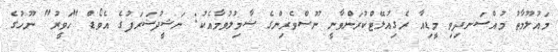
މައުލޫމާތު މުއްސަނދިވި މީޑިއާ ރެގިއުލޭޓްކުރަންވާނީ ނޫސްވެރިންގެ ޝާމިލުވުމާއެކު: ނަޝީދުޝަރަފުގެ އެވޯޑް "ހަވީރު" ނޫހުގެ